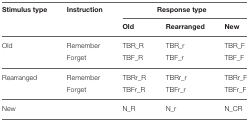
| Stimulus type | Instruction | <COLSPAN=3> Response type |
 |  |  | Old | Rearranged | New |
 | --- | --- | --- | --- | --- |
 | Old | Remember | TBR_R | TBR_r | TBR_F |
 |  | Forget | TBF_R | TBF_r | TBF_F |
 | Rearranged | Remember | TBRr_R | TBRr_r | TBRr_F |
 |  | Forget | TBFr_R | TBFr_r | TBFr_F |
 | New |  | N_R | N_r | N_CR |